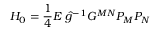
{ \cal H } _ { 0 } = { \frac { 1 } { 4 } } E \; \hat { g } ^ { - 1 } G ^ { M N } { \cal P } _ { M } { \cal P } _ { N }